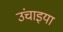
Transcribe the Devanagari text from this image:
उंचाइया